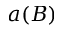
a ( B )